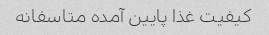
کیفیت غذا پایین آمده متاسفانه